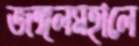
জঙ্গলমহালে